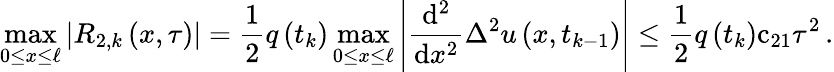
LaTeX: \operatorname*{max}_{0\leq x\leq\ell}\left|{R}_{2,k}\left(x,\tau\right)\right|=\frac{1}{2}{q}\left({t}_{k}\right)\operatorname*{max}_{0\leq x\leq\ell}\left|\frac{\mathrm{d}^{2}}{\mathrm{d}{x}^{2}}{\Delta}^{2}u\left(x,{t}_{k-1}\right)\right|\leq\frac{1}{2}{q}\left({t}_{k}\right){\mathrm{c}}_{21}{\tau}^{2}\, .